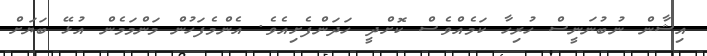
އިޝާން ނުބުނަނީސް ހުރިހާ ކަމެއްވެސް ކޮށްދީ ހަދަންފެށިއެވެ. އެންމެފަހުން މަންމަމެން އުޅޭ ބަޔަށް